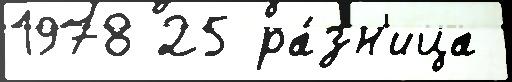
1978 25 ра́зн'ица